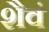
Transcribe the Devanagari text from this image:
शैवं